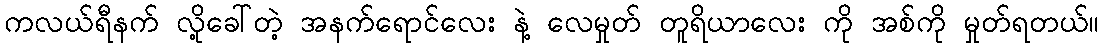
ကလယ်ရီနက် လို့ခေါ်တဲ့ အနက်ရောင်လေး နဲ့ လေမှုတ် တူရိယာလေး ကို အစ်ကို မှုတ်ရတယ်။